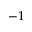
- 1